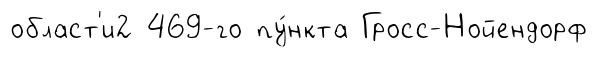
област'и2 469-го пу́нкта Гросс-Нойендорф